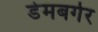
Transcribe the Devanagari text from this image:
डेमबर्गर